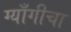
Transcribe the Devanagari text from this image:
ग्याँगीचा